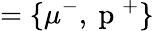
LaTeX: =\lbrace\mu^{-},\mathrm{~p~}^{+}\rbrace